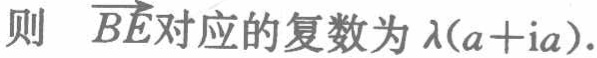
则 $\overrightarrow{BE}$对应的复数为$\lambda(a + \mathrm{i}a)$.